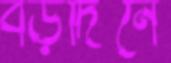
বড়দিনে